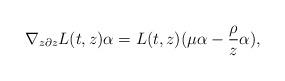
LaTeX: \begin{align*} \nabla_{z\partial z}L(t,z)\alpha=L(t,z)(\mu\alpha-\frac{\rho}{z}\alpha),\end{align*}